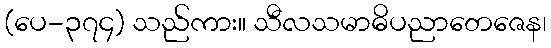
(ပေ-၃၇၄) သည်ကား။ သီလသမာဓိပညာတေဇေန၊